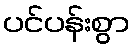
ပင်ပန်းစွာ